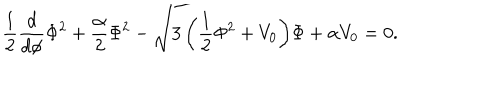
{ \frac { 1 } { 2 } \frac { d } { d \phi } \Phi ^ { 2 } + \frac { \alpha } { 2 } \Phi ^ { 2 } - \sqrt { 3 \left( \frac { 1 } { 2 } \Phi ^ { 2 } + V _ { 0 } \right) } \Phi + \alpha V _ { 0 } = 0 . }